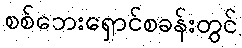
စစ်ဘေးရှောင်စခန်းတွင်